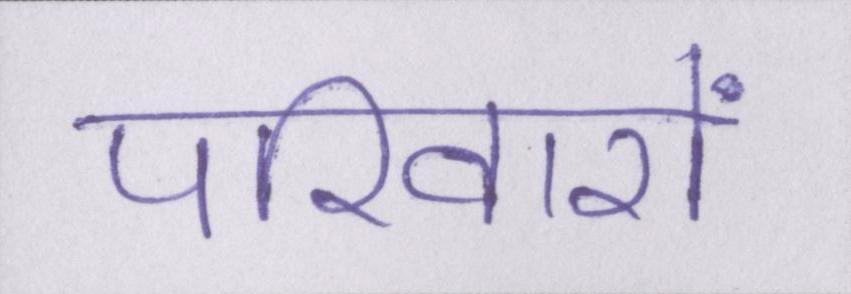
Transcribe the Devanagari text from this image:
परिवारों